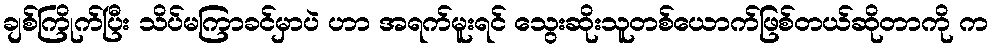
ချစ်ကြိုက်ပြီး သိပ်မကြာခင်မှာပဲ ဟာ အရက်မူးရင် သွေးဆိုးသူတစ်ယောက်ဖြစ်တယ်ဆိုတာကို က